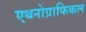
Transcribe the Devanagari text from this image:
एथनोग्राफिकल